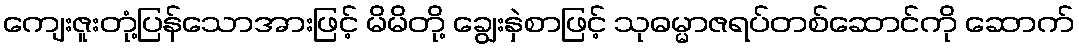
ကျေးဇူးတုံ့ပြန်သောအားဖြင့် မိမိတို့ ချွေးနှဲစာဖြင့် သုဓမ္မာဇရပ်တစ်ဆောင်ကို ဆောက်